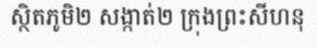
ស្ថិតភូមិ២ សង្កាត់២ ក្រុងព្រះសីហនុ